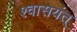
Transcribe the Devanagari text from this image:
श्वासयंत्